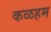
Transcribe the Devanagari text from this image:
कळहम